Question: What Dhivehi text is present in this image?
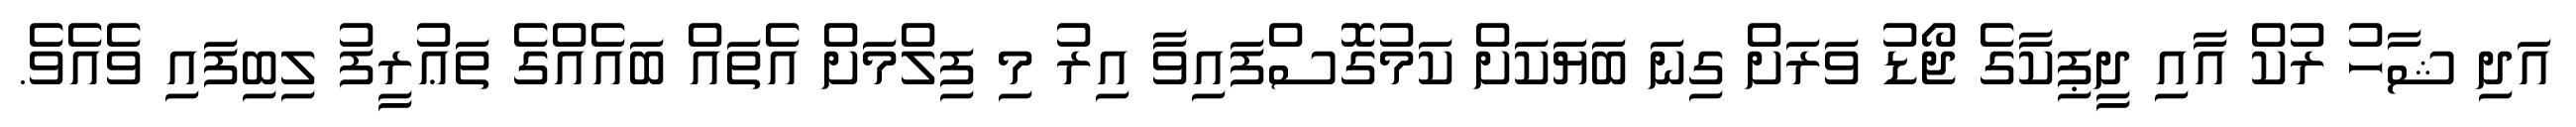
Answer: އަދި ޝާހު ރުކް އާއި ދީޕިކާގެ ޖޯޑު ވަރަށް ގިނަ ބަޔަކަށް ކަމުގޮސްފައިވާ އިރު މި ފިލްމަށް އެތައް ބައެއްގެ ތަޢުރީފު ލިބިފައި ވެއެވެ.